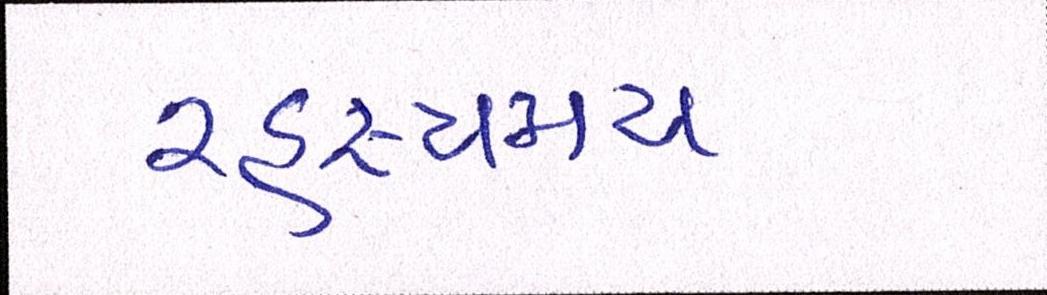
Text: રહસ્યમય